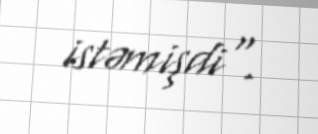
istəmişdi".